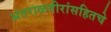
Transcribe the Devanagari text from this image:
अंतराळवीरांसहितचे